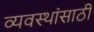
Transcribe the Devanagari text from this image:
व्यवस्थांसाठी